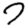
Digit: 7